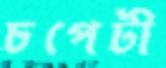
চপেটী